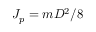
J _ { p } = m D ^ { 2 } / 8